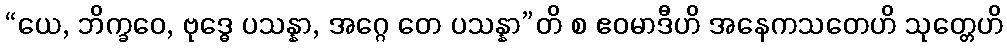
“ယေ, ဘိက္ခဝေ, ဗုဒ္ဓေ ပသန္နာ, အဂ္ဂေ တေ ပသန္နာ”တိ စ ဧဝမာဒီဟိ အနေကသတေဟိ သုတ္တေဟိ